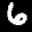
Label: 6